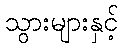
သွားများနှင့်